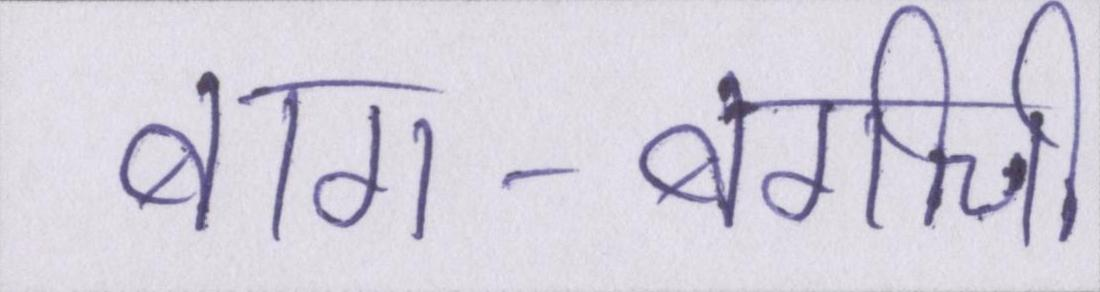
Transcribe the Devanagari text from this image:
बाग-बगीचे